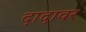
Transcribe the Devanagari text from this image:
दादावर